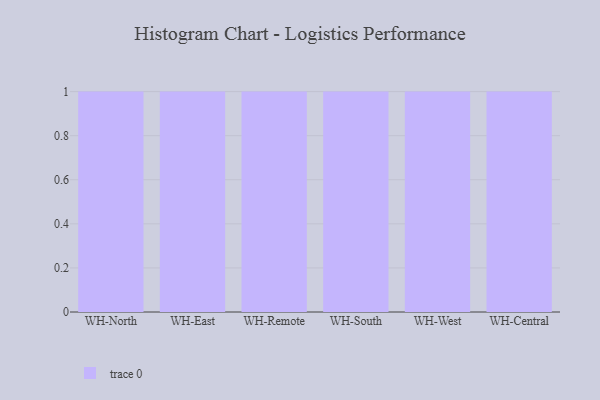
{"axis": {"x": "Warehouse", "y": "Churn Rate (%)"}, "legend": [""], "data": [{"x": "WH-North", "y": 63, "type": ""}, {"x": "WH-East", "y": 65, "type": ""}, {"x": "WH-Remote", "y": 60, "type": ""}, {"x": "WH-South", "y": 65, "type": ""}, {"x": "WH-West", "y": 86, "type": ""}, {"x": "WH-Central", "y": 24, "type": ""}]}